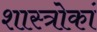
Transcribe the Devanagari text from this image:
शास्त्रोकां